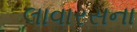
લાવારસના